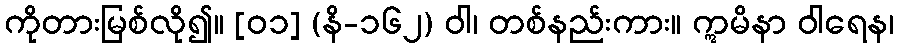
ကိုတားမြစ်လို၍။ [၀၁] (နိ-၁၆၂) ဝါ၊ တစ်နည်းကား။ ဣမိနာ ဝါရေန၊